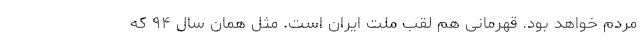
مردم خواهد بود. قهرمانی هم لقب ملت ایران است. مثل همان سال ۹۴ که